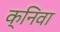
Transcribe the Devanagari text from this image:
क्निवा